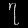
Digit: ၇